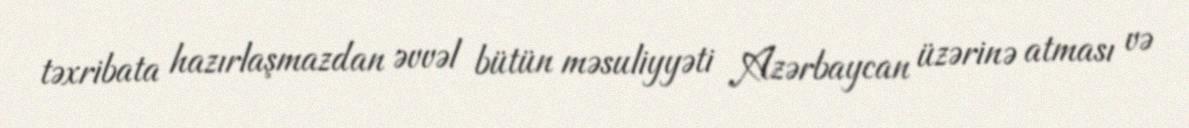
təxribata hazırlaşmazdan əvvəl bütün məsuliyyəti Azərbaycan üzərinə atması və